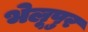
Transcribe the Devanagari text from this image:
भेलूपुर